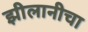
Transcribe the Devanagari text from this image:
झीलानीचा